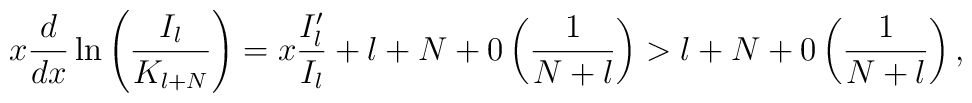
x \displaystyle\frac{d}{dx} \ln \left( \displaystyle\frac{I_l}{K_{l +N}} \right) = x \displaystyle\frac{I'_l}{I_l} + l + N + 0 \left(\displaystyle\frac{1}{N + l} \right) > l + N + 0 \left(\displaystyle\frac{1}{N + l} \right),